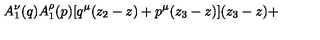
A _ { 1 } ^ { \nu } ( q ) A _ { 1 } ^ { \rho } ( p ) [ q ^ { \mu } ( z _ { 2 } - z ) + p ^ { \mu } ( z _ { 3 } - z ) ] ( z _ { 3 } - z ) +